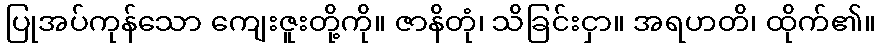
ပြုအပ်ကုန်သော ကျေးဇူးတို့ကို။ ဇာနိတုံ၊ သိခြင်းငှာ။ အရဟတိ၊ ထိုက်၏။